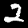
Digit: 2